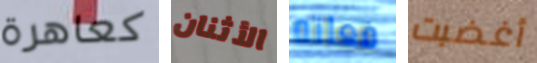
كعاهرة الأثنان فعلته أغضبت